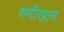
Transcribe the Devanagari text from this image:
रुमीखान